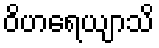
ဝိဟရေယျာသိ